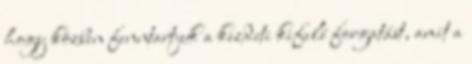
hogy közben fenntartjuk a kezdeti kifelé forgatást, amit a